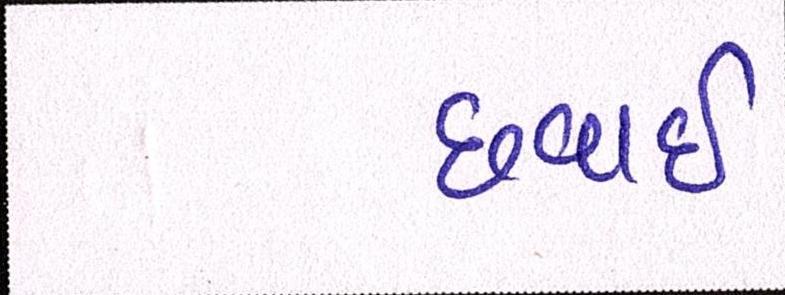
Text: છવાઇ